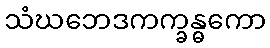
သံဃဘေဒကက္ခန္ဓကော